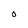
Character: O